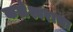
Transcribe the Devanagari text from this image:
कलेश्वराचा